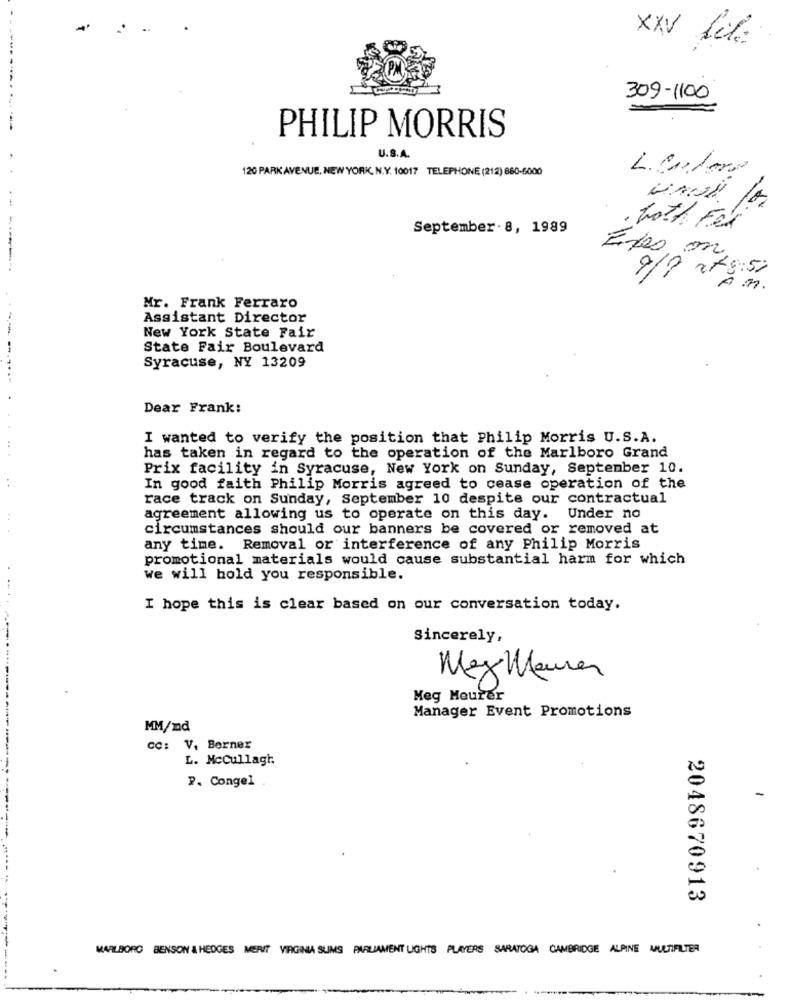
..
XXV Lil
309-1100
PHILIP MORRIS
U.S.A.
120 PARK AVENUE. NEW YORK, N.Y. 10017 TELEPHONE (212) 860-6000
L. Cular
A
September- 8, 1989
brott Fex
-5 842 616
Eps m
Mr. Frank Ferraro
Assistant Director
New York State Fair
State Fair Boulevard
Syracuse, NY 13209
...
Dear Frank:
I wanted to verify the position that Philip Morris U.S.A.
has taken in regard to the operation of the Marlboro Grand
Prix facility in Syracuse, New York on Sunday, September 10.
In good faith Philip Morris agreed to cease operation of the
race track on Sunday, September 10 despite our contractual
agreement allowing us to operate on this day. Under no
circumstances should our banners be covered or removed at
any time. Removal or interference of any Philip Morris
promotional materials would cause substantial harm for which
we will hold you responsible.
I hope this is clear based on our conversation today.
Sincerely,
Meg Mannen
Meg Meurer
Manager Event Promotions
MM/nd
cc: V, Berner
L. McCullagi
P. Congel
2048670913
MARLBORO BENSON & HEDGES MERIT VIRGINIA SUMS PARLIAMENT LIGHTS PLAYERS SARATOGA CAMBRIDGE ALPINE MULTIFILTER